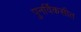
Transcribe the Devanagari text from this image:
पुनर्विकसीत